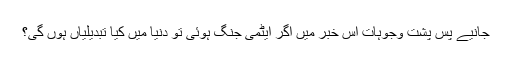
جانیے پس پشت وجوہات اس خبر میں اگر ایٹمی جنگ ہوئی تو دنیا میں کیا تبدیلیاں ہوں گی؟